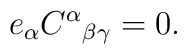
e_\alpha C^\alpha{}_{\beta\gamma} = 0.